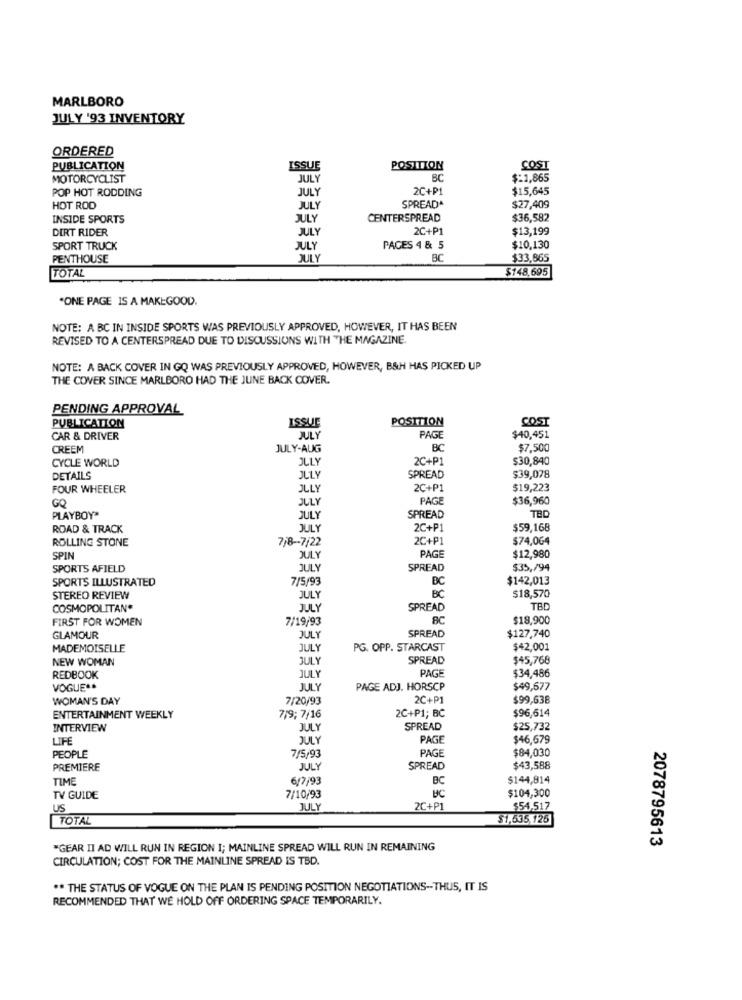
MARLBORO
JULY '93 INVENTORY
ORDERED
PUBLICATION
ISSUE
POSITION
COST
MOTORCYCLIST
JULY
BC
$:1,865
POP HOT RODDING
JULY
2C+P1
$15,645
HOT ROD
JULY
SPREADA
$27,409
INSIDE SPORTS
JULY
CENTERSPREAD
$36,582
DIRT RIDER
2C+P1
$13,199
JULY
SPORT TRUCK
JULY
PAGES 4 & 5
$10,130
PENTHOUSE
JULY
BC
$33,865
$148.695
TOTAL
"ONE PAGE IS A MAKEGOOD.
NOTE: A BC IN INSIDE SPORTS WAS PREVIOUSLY APPROVED, HOWEVER, IT HAS BEEN
REVISED TO A CENTERSPREAD DUE TO DISCUSSIONS WITH THE MAGAZINE.
NOTE: A BACK COVER IN GQ WAS PREVIOUSLY APPROVED, HOWEVER, B&H HAS PICKED UP
THE COVER SINCE MARLBORO HAD THE JUNE BACK COVER.
PENDING APPROVAL
ISSUE
POSITION
COST
PUBLICATION
CAR & DRIVER
JULY
PAGE
$40,451
CREEM
JULY-AUG
BC
$7,500
CYCLE WORLD
JUL
2C+P1
$30,840
DETAILS
JULY
SPREAD
$39,078
FOUR WHEELER
JULY
2C+P1
$19,223
JULY
PAG
$36,960
GQ
TBD
PLAYBOY
JULY
SPREAD
ROAD & TRACK
JULY
2C+P1
$59,168
ROLLING STONE
7/8 -- 7/22
2C+P1
$74,0G4
PAGE
SPIN
JULY
$12,980
SPORTS AFIELD
JULY
SPREAD
$35,/94
SPORTS ILLUSTRATED
7/5/93
BC
$142,013
STEREO REVIEW
JULY
BC
$18,570
COSMOPOLITAN*
JUL
SPREAD
TBD
FIRST FOR WOMEN
7/19/93
8C
$18,900
SPREAD
$127,740
GLAMOUR
JULY
MADEMOISELLE
JULY
PG. OPP. STARCAST
$42,001
NEW WOMAN
JULY
SPREAD
$45,768
PAGE
REDBOOK
JULY
$34,486
VOGUE **
JULY
PAGE ADJ. HORSCP
$49,677
WOMAN'S DAY
7/20/93
2C+P1
$99,638
2C+P1; BC
$96,614
ENTERTAINMENT WEEKLY
7/9; 7/16
INTERVIEW
JULY
SPREAD
$25,732
LIFE
JUL
PAG
$46,679
PAGE
$84,030
PEOPLE
7/5,93
PREMIERE
JULY
SPREAD
$43,588
TIME
6/7;93
BC
$144,814
$104,300
TV GUIDE
7/10/93
BC
US
JULY
2C+P1
$54,517
TOTAL
$1,635,125]
2078795613
"GEAR II AD WILL RUN IN REGION I; MAINLINE SPREAD WILL RUN IN REMAINING
CIRCULATION; COST FOR THE MAINLINE SPREAD IS TBD.
** THE STATUS OF VOGUE ON THE PLAN IS PENDING POSITION NEGOTIATIONS -- THUS, IT IS
RECOMMENDED THAT WE HOLD OFF ORDERING SPACE TEMPORARILY.